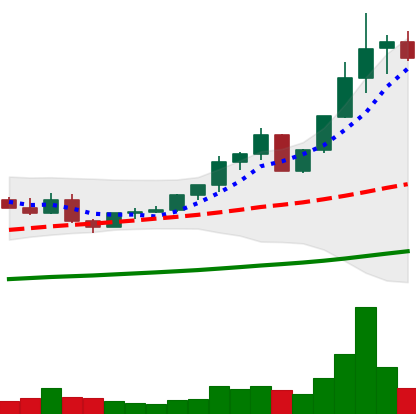
Ticker: ETC-USD
Chart end date: 2021-04-09
Forward return: 17.091%
Label: up_7plus